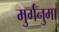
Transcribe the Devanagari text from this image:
मुर्गनुमा